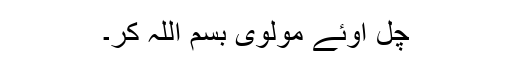
چل اوئے مولوی بسم اللہ کر۔